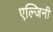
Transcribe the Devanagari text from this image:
एल्जिनी